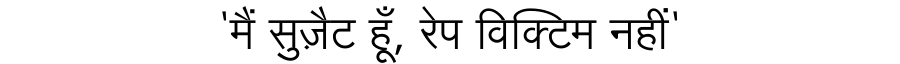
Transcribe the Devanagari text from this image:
'मैं सुज़ैट हूँ, रेप विक्टिम नहीं'